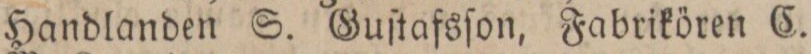
Handlanden S. Guſtafsſon, Fabrikören C.